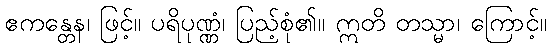
ဧကန္တေန၊ ဖြင့်။ ပရိပုဏ္ဏံ၊ ပြည့်စုံ၏။ ဣတိ တသ္မာ၊ ကြောင့်။